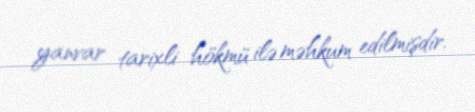
yanvar tarixli hökmü ilə məhkum edilmişdir.